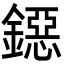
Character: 鐚